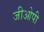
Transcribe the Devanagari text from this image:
जीओपी